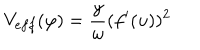
LaTeX: V _ { e f f } ( \varphi ) = \frac { y } { \omega } ( f ^ { \prime } ( u ) ) ^ { 2 }